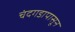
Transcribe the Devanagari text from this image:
चंदगडापासून